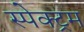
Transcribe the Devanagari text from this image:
स्‍पेक्‍ट्रम